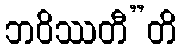
ဘဝိဿတီ”တိ